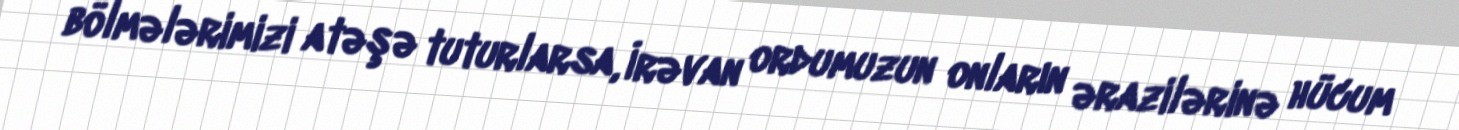
bölmələrimizi atəşə tuturlarsa, İrəvan ordumuzun onların ərazilərinə hücum